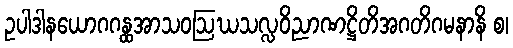
ဥပါဒါနယောဂဂန္ထအာသဝဩဃသလ္လဝိညာဏဋ္ဌိတိအဂတိဂမနာနိ စ၊